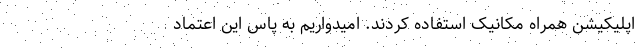
اپلیکیشن همراه مکانیک استفاده کردند. امیدواریم به پاس این اعتماد